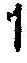
1